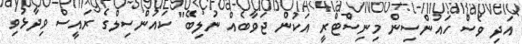
އަދި ވެސް ހައުންސިން މިނިސްޓްރީ އަކުން ޖަވާބެއް ނުލިބޭ" ކައުންސިލްގެ ރައީސް ވިދާޅުވި